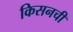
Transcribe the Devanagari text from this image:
किसनची